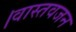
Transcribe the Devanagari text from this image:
।वास्तवजन